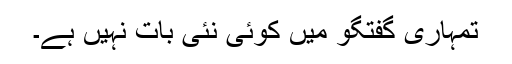
تمہاری گفتگو میں کوئی نئی بات نہیں ہے۔